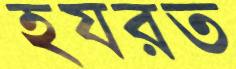
হযরত